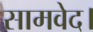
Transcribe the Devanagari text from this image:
सामवेद।